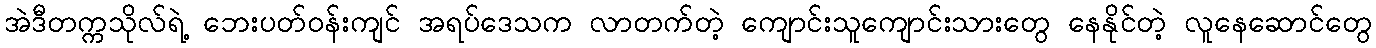
အဲဒီတက္ကသိုလ်ရဲ့ ဘေးပတ်ဝန်းကျင် အရပ်ဒေသက လာတက်တဲ့ ကျောင်းသူကျောင်းသားတွေ နေနိုင်တဲ့ လူနေဆောင်တွေ